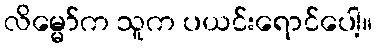
လိမ္မော်က သူက ပယင်းရောင်ပေါ့။